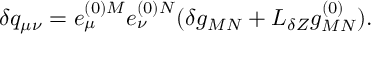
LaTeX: \delta q _ { \mu \nu } = e _ { \mu } ^ { ( 0 ) M } e _ { \nu } ^ { ( 0 ) N } ( \delta g _ { M N } + { \cal L } _ { \delta Z } g _ { M N } ^ { ( 0 ) } ) .